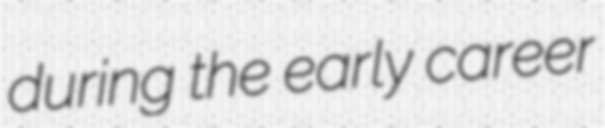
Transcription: during the early career